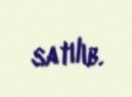
satılıb.